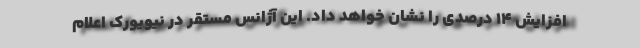
افزایش 14 درصدی را نشان خواهد داد. این آژانس مستقر در نیویورک اعلام